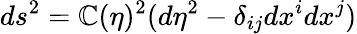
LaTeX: ds^{2}=\mathbb{C}(\eta)^{2}(d\eta^{2}-\delta_{ij}dx^{i}dx^{j})